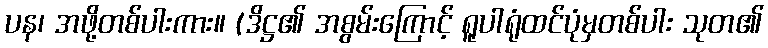
ပန၊ အဖို့တစ်ပါးကား။ (ဒိဋ္ဌ၏ အစွမ်းကြောင့် ရူပါရုံထင်ပုံမှတစ်ပါး သုတ၏